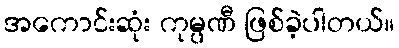
အကောင်းဆုံး ကုမ္ပဏီ ဖြစ်ခဲ့ပါတယ်။